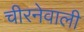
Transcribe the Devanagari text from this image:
चीरनेवाली